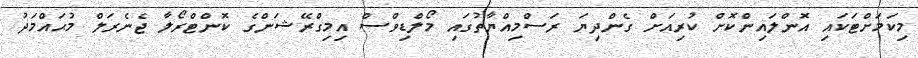
މިކަމަށްޓަކައި އޮންލައިންކޮށް ކުރިއަށް ގެންދިޔަ ރަސްމިއްޔާތުގައި މޯލްޑިވްސް އިމިގްރޭޝަންގެ ކޮންޓްރޯލާ ޖެނެރަލް މުޙައްމަދު